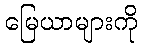
မြေယာများကို